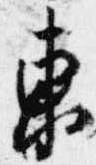
東